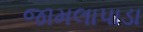
જામલાપાડા